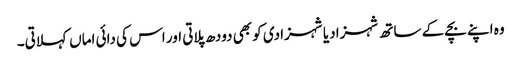
وہ اپنے بچے کے ساتھ شہزادیا شہزادی کو بھی دودھ پلاتی اور اس کی دائی اماں کہلاتی۔